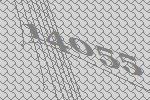
14055